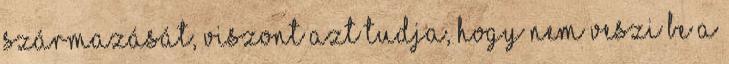
származását, viszont azt tudja, hogy nem veszi be a